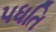
પધતિ